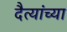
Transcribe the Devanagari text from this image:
दैत्यांच्या